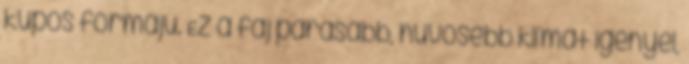
kúpos formájú. Ez a faj párásabb, hűvösebb klímát igényel,